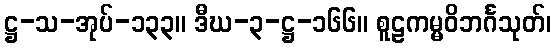
ဋ္ဌ-သ-အုပ်-၁၃၃။ ဒီဃ-၃-ဋ္ဌ-၁၆၆။ စူဠကမ္မဝိဘင်္ဂသုတ်၊